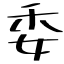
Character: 委